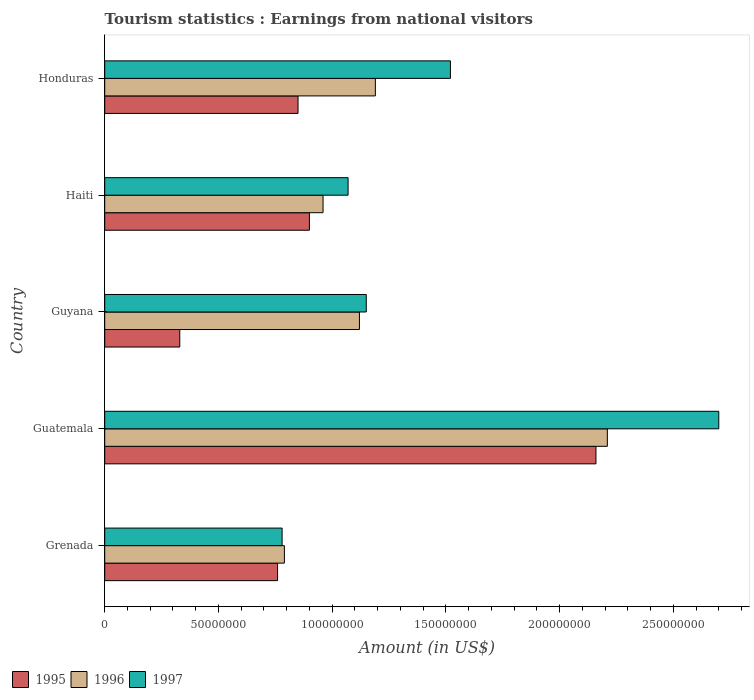
| Country | 1995 | 1996 | 1997 |
 | --- | --- | --- | --- |
 | Grenada | 7.6e+07 | 7.9e+07 | 7.8e+07 |
 | Guatemala | 2.16e+08 | 2.21e+08 | 2.7e+08 |
 | Guyana | 3.3e+07 | 1.12e+08 | 1.15e+08 |
 | Haiti | 9e+07 | 9.6e+07 | 1.07e+08 |
 | Honduras | 8.5e+07 | 1.19e+08 | 1.52e+08 |